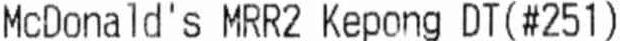
MCDONALD'S MRR2 KEPONG DT (#251)